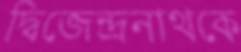
দ্বিজেন্দ্রনাথকে